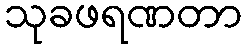
သုခဖရဏတာ